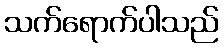
သက်ရောက်ပါသည်